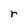
Character: r